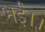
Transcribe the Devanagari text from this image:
भई।।